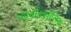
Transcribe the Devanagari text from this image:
कार्बाक्सीलिक